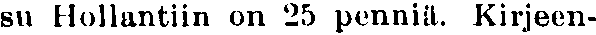
su Hollantiin on 25 penniä. Kirjeen-